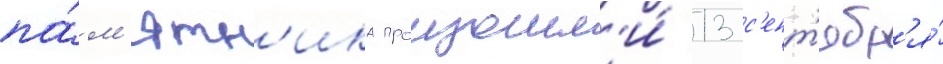
па́м'ятн'ика произошл'и́ 13 с'ент'ябр'я́